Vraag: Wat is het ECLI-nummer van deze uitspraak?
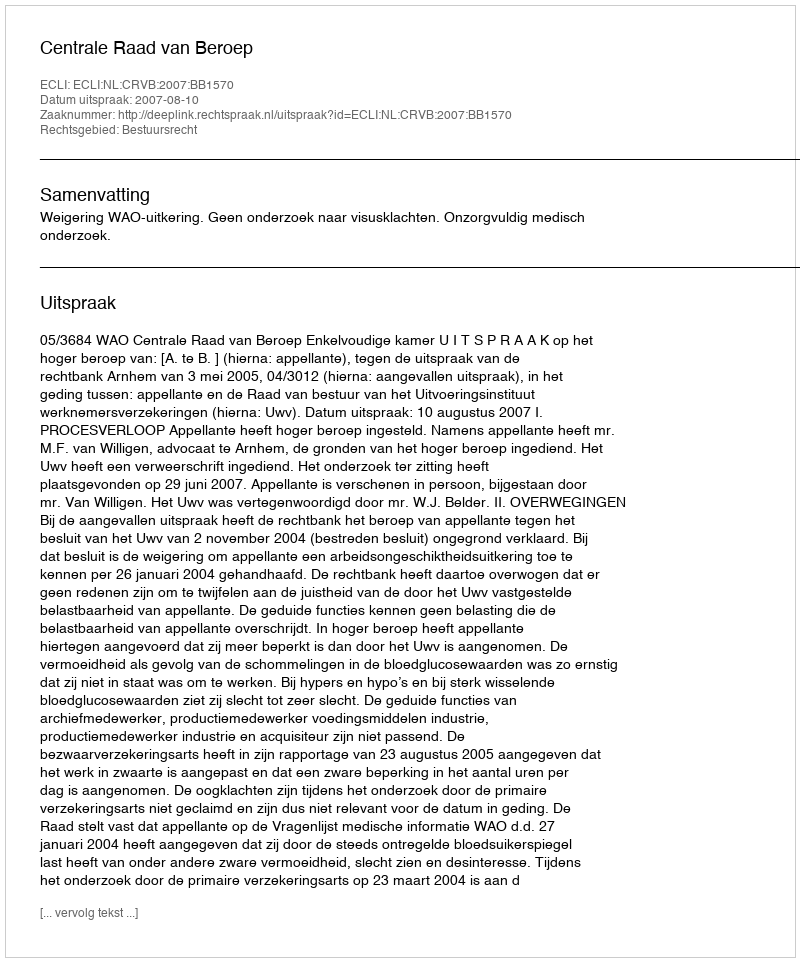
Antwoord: ECLI:NL:CRVB:2007:BB1570